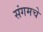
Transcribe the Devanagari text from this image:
संगमचे